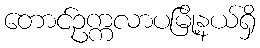
တောင်ဥက္ကလာပမြို့နယ်ရှိ